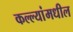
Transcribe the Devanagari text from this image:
कल्ल्यांमधील